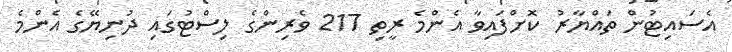
އެސައިޓުން ތައްޔާރު ކޮށްފައިވާ އެންމެ ރީތި 217 ވެރިންގެ ލިސްޓުގައި ދުނިޔޭގެ އެންމެ